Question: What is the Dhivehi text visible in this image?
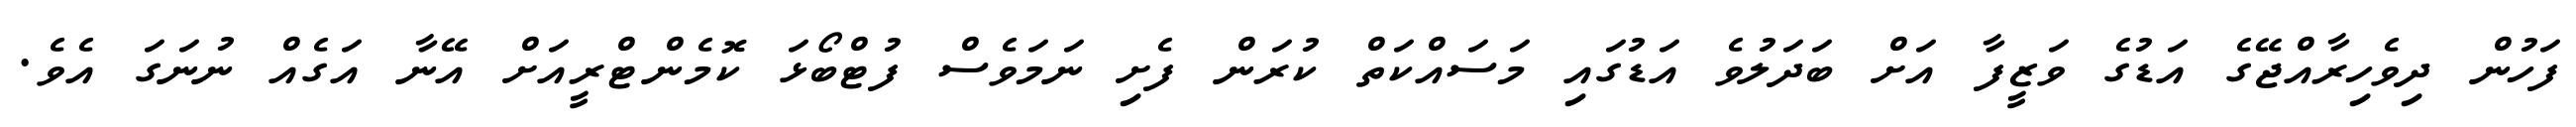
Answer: ފަހުން ދިވެހިރާއްޖޭގެ އަޑުގެ ވަޒީފާ އަށް ބަދަލުވެ އަޑުގައި މަސައްކަތް ކުރަން ފެށި ނަމަވެސް ފުޓްބޯޅަ ކޮމެންޓްރީއަށް އޭނާ އަގެއް ނުނަގަ އެވެ.